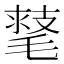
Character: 𣯕